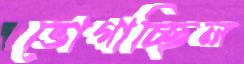
ভোগাচ্ছিল